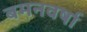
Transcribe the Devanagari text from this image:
बमनवर्षा